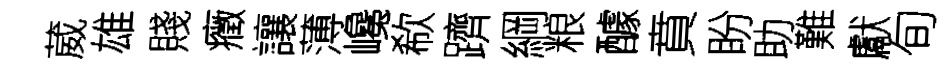
葳雄賤癥讓薄巉欷躋綱粮醵賁盼助難獻旬